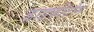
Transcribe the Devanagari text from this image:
डाइकीटोन